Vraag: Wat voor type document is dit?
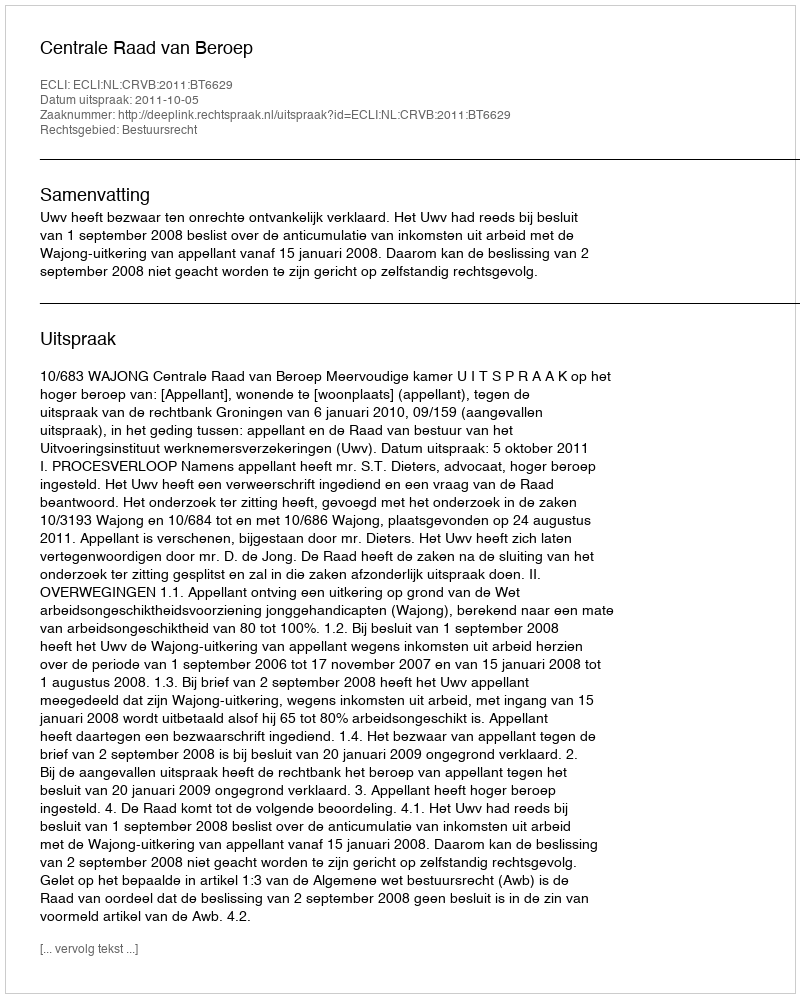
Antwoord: Uitspraak